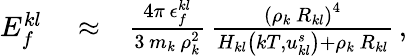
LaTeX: \begin{array}{rlr}{E_{f}^{kl}}&{{}\approx}&{\frac{4\pi\, \epsilon_{f}^{kl}}{3\, m_{k}\, \rho_{k}^{2}}\, \frac{\left(\rho_{k}\, R_{kl}\right)^{4}}{H_{kl}\left(kT,u_{kl}^{s}\right)+\rho_{k}\, R_{kl}}\, ,}\end{array}